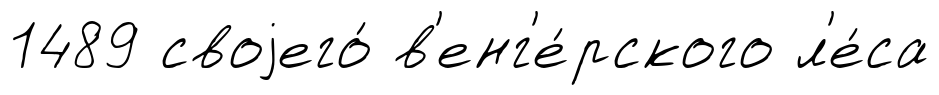
1489 своjего́ в'енг'е́рского л'е́са